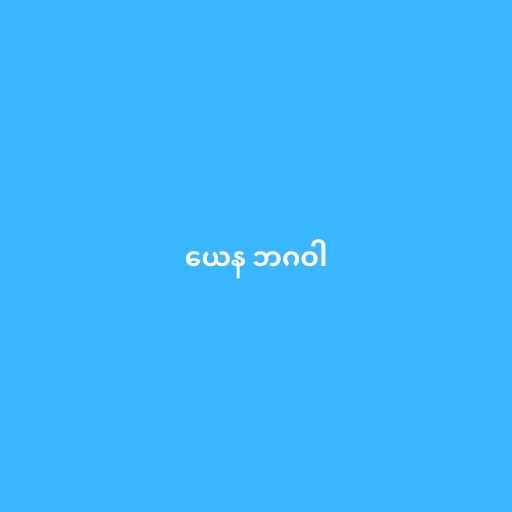
ယေန ဘဂဝါ